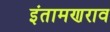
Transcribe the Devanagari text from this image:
इंतामणराव